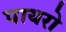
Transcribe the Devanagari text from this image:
पायरो